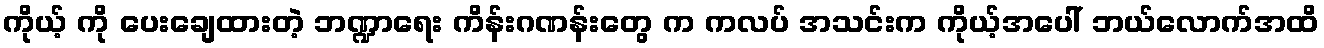
ကိုယ့် ကို ပေးချေထားတဲ့ ဘဏ္ဍာရေး ကိန်းဂဏန်းတွေ က ကလပ် အသင်းက ကိုယ့်အပေါ် ဘယ်လောက်အထိ